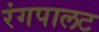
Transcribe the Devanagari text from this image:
रंगपालट